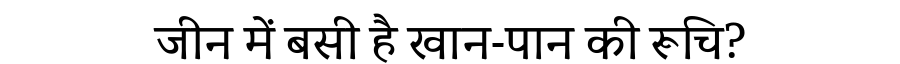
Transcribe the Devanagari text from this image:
जीन में बसी है खान-पान की रूचि?